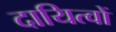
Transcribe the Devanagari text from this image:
दायित्‍वों